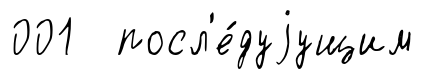
001 посл'е́дуjущим